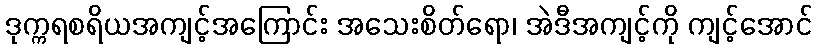
ဒုက္ကရစရိယအကျင့်အကြောင်း အသေးစိတ်ရော၊ အဲဒီအကျင့်ကို ကျင့်အောင်